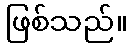
ဖြစ်သည်။